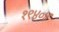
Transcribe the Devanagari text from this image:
१९४०४